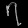
Digit: ၇